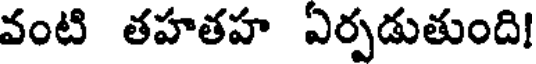
వంటి తహతహ ఏర్పడుతుంది!